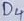
Text: D4